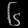
Digit: ၆